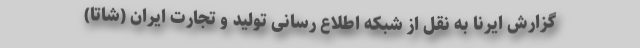
گزارش ایرنا به نقل از شبکه اطلاع رسانی تولید و تجارت ایران (شاتا)